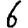
Digit: 6